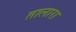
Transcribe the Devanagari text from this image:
तालारा